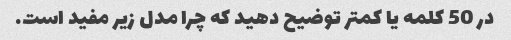
در 50 کلمه یا کمتر توضیح دهید که چرا مدل زیر مفید است.